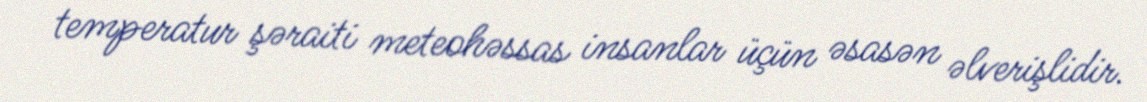
temperatur şəraiti meteohəssas insanlar üçün əsasən əlverişlidir.